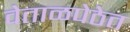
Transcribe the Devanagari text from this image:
वेताळपेठेत